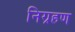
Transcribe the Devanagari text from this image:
निग्रहण